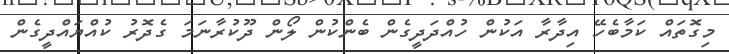
މިގޮތައް ކަމާބެހޭ އިދާރާ އަކުން ހުއްދަދީގެން ބެންކުން ލޯން ދޫކުރާނަމަ ގެދޮރު ކުއްޔައްދީގެން